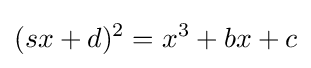
(sx+d)^{2}=x^{3}+bx+c